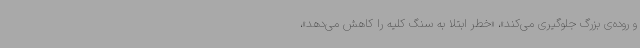
و روده‌ی بزرگ جلوگیری می‌کند»، «خطر ابتلا به سنگ کلیه را کاهش می‌دهد»،